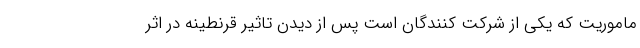
ماموریت که یکی از شرکت ‌کنندگان است پس از دیدن تاثیر قرنطینه‌ در اثر